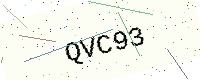
Text: QVC93